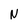
Character: N